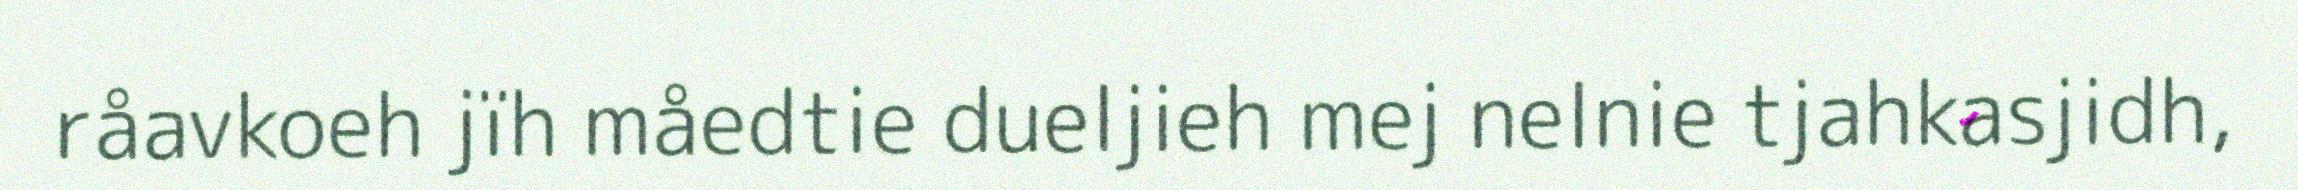
råavkoeh jïh måedtie dueljieh mej nelnie tjahkasjidh,